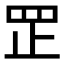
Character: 𦊆